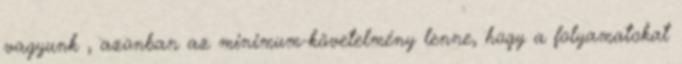
vagyunk , azonban az minimum-követelmény lenne, hogy a folyamatokat